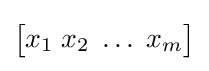
{\begin{bmatrix}x_{1}\;x_{2}\;\dots \;x_{m}\end{bmatrix}}